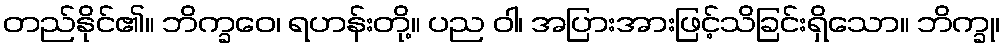
တည်နိုင်၏။ ဘိက္ခဝေ၊ ရဟန်းတို့။ ပည ဝါ၊ အပြားအားဖြင့်သိခြင်းရှိသော။ ဘိက္ခု၊